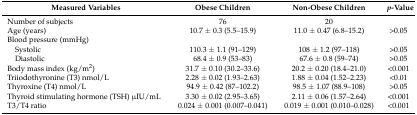
| Measured Variables | Obese Children | Non-Obese Children | p-Value |
 | --- | --- | --- | --- |
 | Number of subjects | 76 | 20 |  |
 | Age (years) | 10.7 ± 0.3 (5.5–15.9) | 11.0 ± 0.47 (6.8–15.2) | >0.05 |
 | Blood pressure (mmHg) |  |  |  |
 | Systolic | 110.3 ± 1.1 (91–129) | 108 ± 1.2 (97–118) | >0.05 |
 | Diastolic | 68.4 ± 0.9 (53–83) | 67.6 ± 0.8 (59–74) | >0.05 |
 | Body mass index (kg/m2) | 31.7 ± 0.10 (30.2–33.6) | 20.2 ± 0.20 (18.4–21.0) | <0.001 |
 | Triiodothyronine (T3) nmol/L | 2.28 ± 0.02 (1.93–2.63) | 1.88 ± 0.04 (1.52–2.23) | <0.01 |
 | Thyroxine (T4) nmol/L | 94.9 ± 0.42 (87–102.2) | 98.5 ± 1.07 (88.9–108) | >0.05 |
 | Thyroid stimulating hormone (TSH) μIU/mL | 3.30 ± 0.02 (2.95–3.65) | 2.11 ± 0.06 (1.57–2.64) | <0.001 |
 | T3/T4 ratio | 0.024 ± 0.001 (0.007–0.041) | 0.019 ± 0.001 (0.010–0.028) | <0.001 |